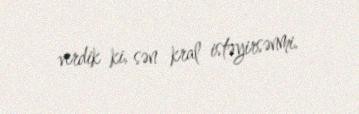
verdik ki, sən kral istəyirsənmi.